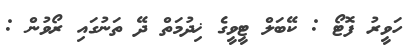
ހަވީރު ފޮޓޯ : ކޭބަލް ޓީވީގެ ޚިދުމަތް ދޭ ތަނުގައި ރޯވުން :